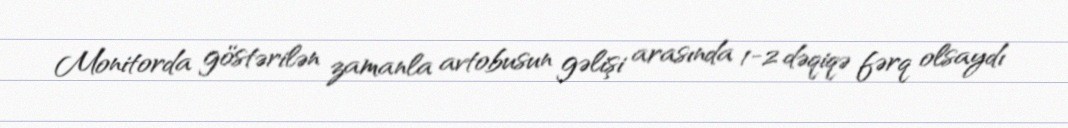
Monitorda göstərilən zamanla avtobusun gəlişi arasında 1-2 dəqiqə fərq olsaydı